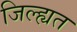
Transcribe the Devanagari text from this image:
जिल्ह्यत